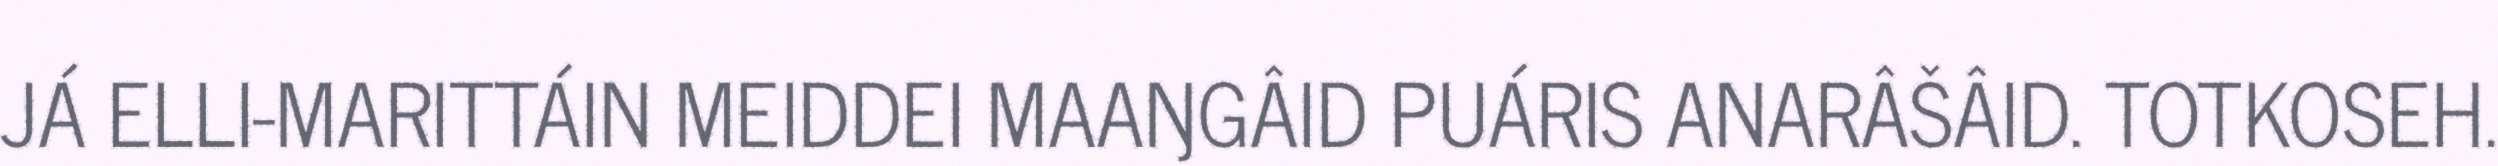
JÁ ELLI-MARITTÁIN MEIDDEI MAAŊGÂID PUÁRIS ANARÂŠÂID. TOTKOSEH.